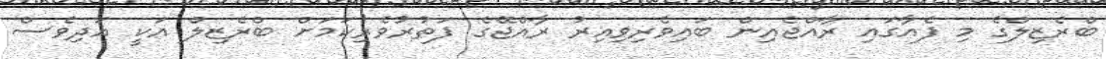
ބްރެޒިލްގެ މި ފެއާގައި ރާއްޖެއިން ބައިވެރިވިއިރު ރާއްޖޭގެ ފަތުރުވެރިކަމަށް ބްރެޒިލް އަކީ އަދިވެސް